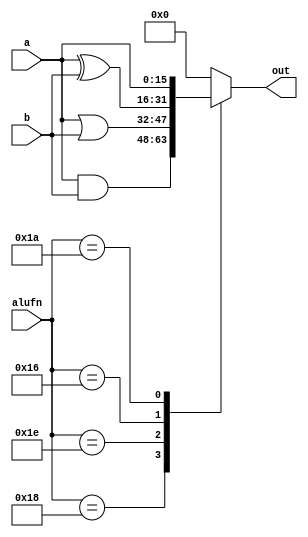
module boolean_10 (
    input [15:0] a,
    input [15:0] b,
    input [5:0] alufn,
    output reg [15:0] out
  );
  
  
  
  always @* begin
    
    case (alufn)
      6'h18: begin
        out = a & b;
      end
      6'h1e: begin
        out = a | b;
      end
      6'h16: begin
        out = a ^ b;
      end
      6'h1a: begin
        out = a;
      end
      default: begin
        out = 1'h0;
      end
    endcase
  end
endmodule